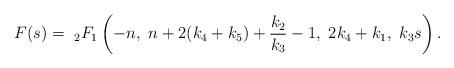
LaTeX: \begin{align*}F(s)=\ _2F_1\left(-n,\ n+2(k_4+k_5)+\frac{k_2}{k_3}-1,\ 2k_4+k_1,\ k_3s\right).\end{align*}